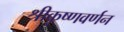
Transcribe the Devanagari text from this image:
श्रीकृष्णवर्णन